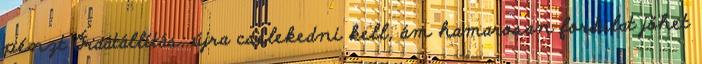
pénzt Óraátállítás: újra cselekedni kell, ám hamarosan fordulat jöhet